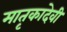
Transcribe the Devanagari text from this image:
मातृकादेवी